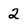
Character: 2